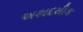
અકાદમીક